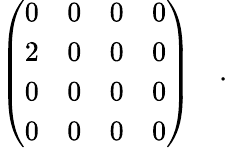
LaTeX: \left(\begin{array}{cccc}{{{0}}}&{{{0}}}&{{{0}}}&{{{0}}}\\ {{2}}&{{0}}&{{0}}&{{0}}\\ {{0}}&{{0}}&{{0}}&{{0}}\\ {{0}}&{{0}}&{{0}}&{{0}}\end{array}\right)\quad.